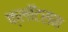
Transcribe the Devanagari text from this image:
फ्लॉटसम